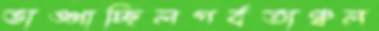
ভাঙ্গাচ্ছিলপর্বতাঞ্চল